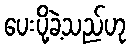
ပေးပို့ခဲ့သည်ဟု